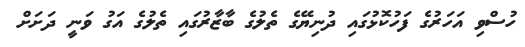
ހުސްވި އަހަރުގެ ފަހުކޮޅުގައި ދުނިޔޭގެ ތެލުގެ ބާޒާރުގައި ތެލުގެ އަގު ވަނީ ދަށަށް